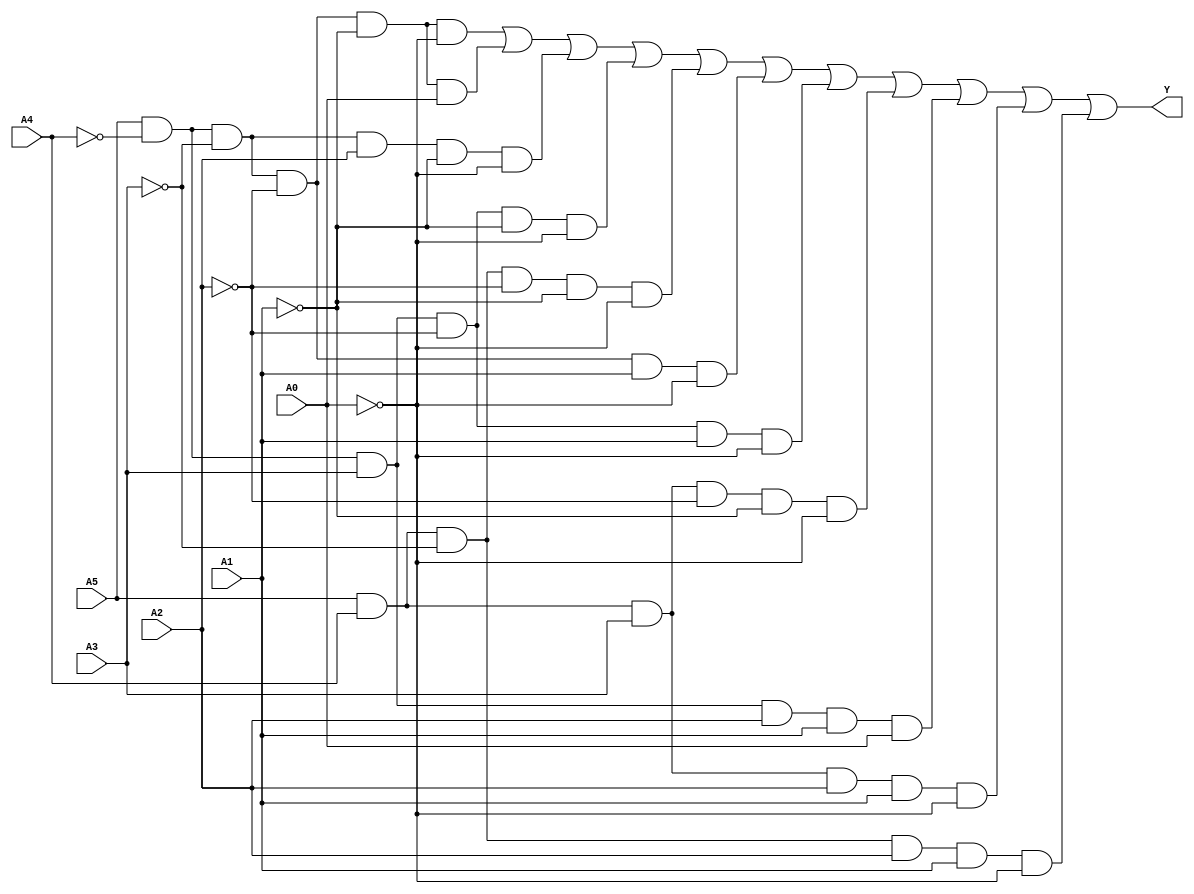
module six_variable_kmap (
    input wire A5,
    input wire A4,
    input wire A3,
    input wire A2,
    input wire A1,
    input wire A0,
    output wire Y
);

// K-map implementation for a specific logic function.
// This example assumes a populated K-map based on some logic function.
// You need to fill the K-map cells with the appropriate logic.

assign Y = 
    (A5 & ~A4 & ~A3 & ~A2 & ~A1 & ~A0) | // Cell 0
    (A5 & ~A4 & ~A3 & ~A2 & ~A1 &  A0) | // Cell 1
    (A5 & ~A4 & ~A3 &  A2 & ~A1 & ~A0) | // Cell 4
    (A5 & ~A4 &  A3 & ~A2 & ~A1 & ~A0) | // Cell 8
    (A5 &  A4 & ~A3 & ~A2 & ~A1 & ~A0) | // Cell 16
    ( A5 & ~A4 & ~A3 & ~A2 &  A1 & ~A0) | // Cell 2
    ( A5 & ~A4 &  A3 & ~A2 &  A1 & ~A0) | // Cell 10
    ( A5 &  A4 &  A3 & ~A2 & ~A1 & ~A0) | // Cell 18
    ( A5 & ~A4 &  A3 &  A2 &  A1 &  A0) | // Cell 30
    ( A5 &  A4 &  A3 &  A2 &  A1 & ~A0) | // Cell 62
    ( A5 &  A4 & ~A3 &  A2 &  A1 & ~A0);  // Cell 58

// Additional groupings can be added based on the specific logic derived from your K-map

endmodule